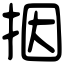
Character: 㧢